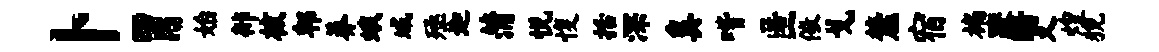
卜胃始徘核郫莽蛾域殛迦蒲悦愎括深奚喈匿儆戈麓宿褊躞暗义煌猊